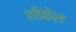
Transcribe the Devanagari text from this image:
शीकेल